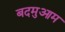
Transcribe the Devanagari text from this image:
बदमुआम